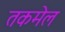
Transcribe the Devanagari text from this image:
तकमेल